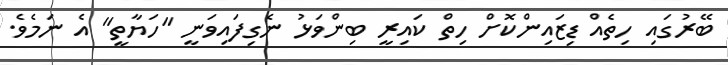
ބޭރުގައި ހިތެއް ޑިޒައިންކޮށް ހިތް ކައިރީ ބިންވަޅު ނެގިފައިވަނީ "ހަޔާތީ" އެ ނަމެވެ.